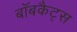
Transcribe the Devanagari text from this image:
बॉबकैट्स